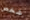
شخص